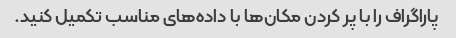
پاراگراف را با پر کردن مکان‌ها با داده‌های مناسب تکمیل کنید.